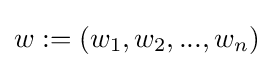
w:=(w_{1},w_{2},...,w_{n})